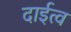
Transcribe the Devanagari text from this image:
दाईत्व